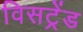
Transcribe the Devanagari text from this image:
विसट्रेंड